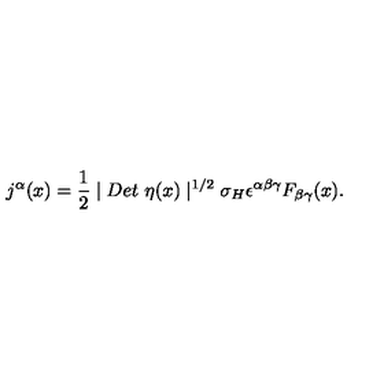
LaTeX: j ^ { \alpha } ( x ) = \frac 1 2 \mid D e t \ \eta ( x ) \mid ^ { 1 / 2 } \sigma _ { H } \epsilon ^ { \alpha \beta \gamma } F _ { \beta \gamma } ( x ) .